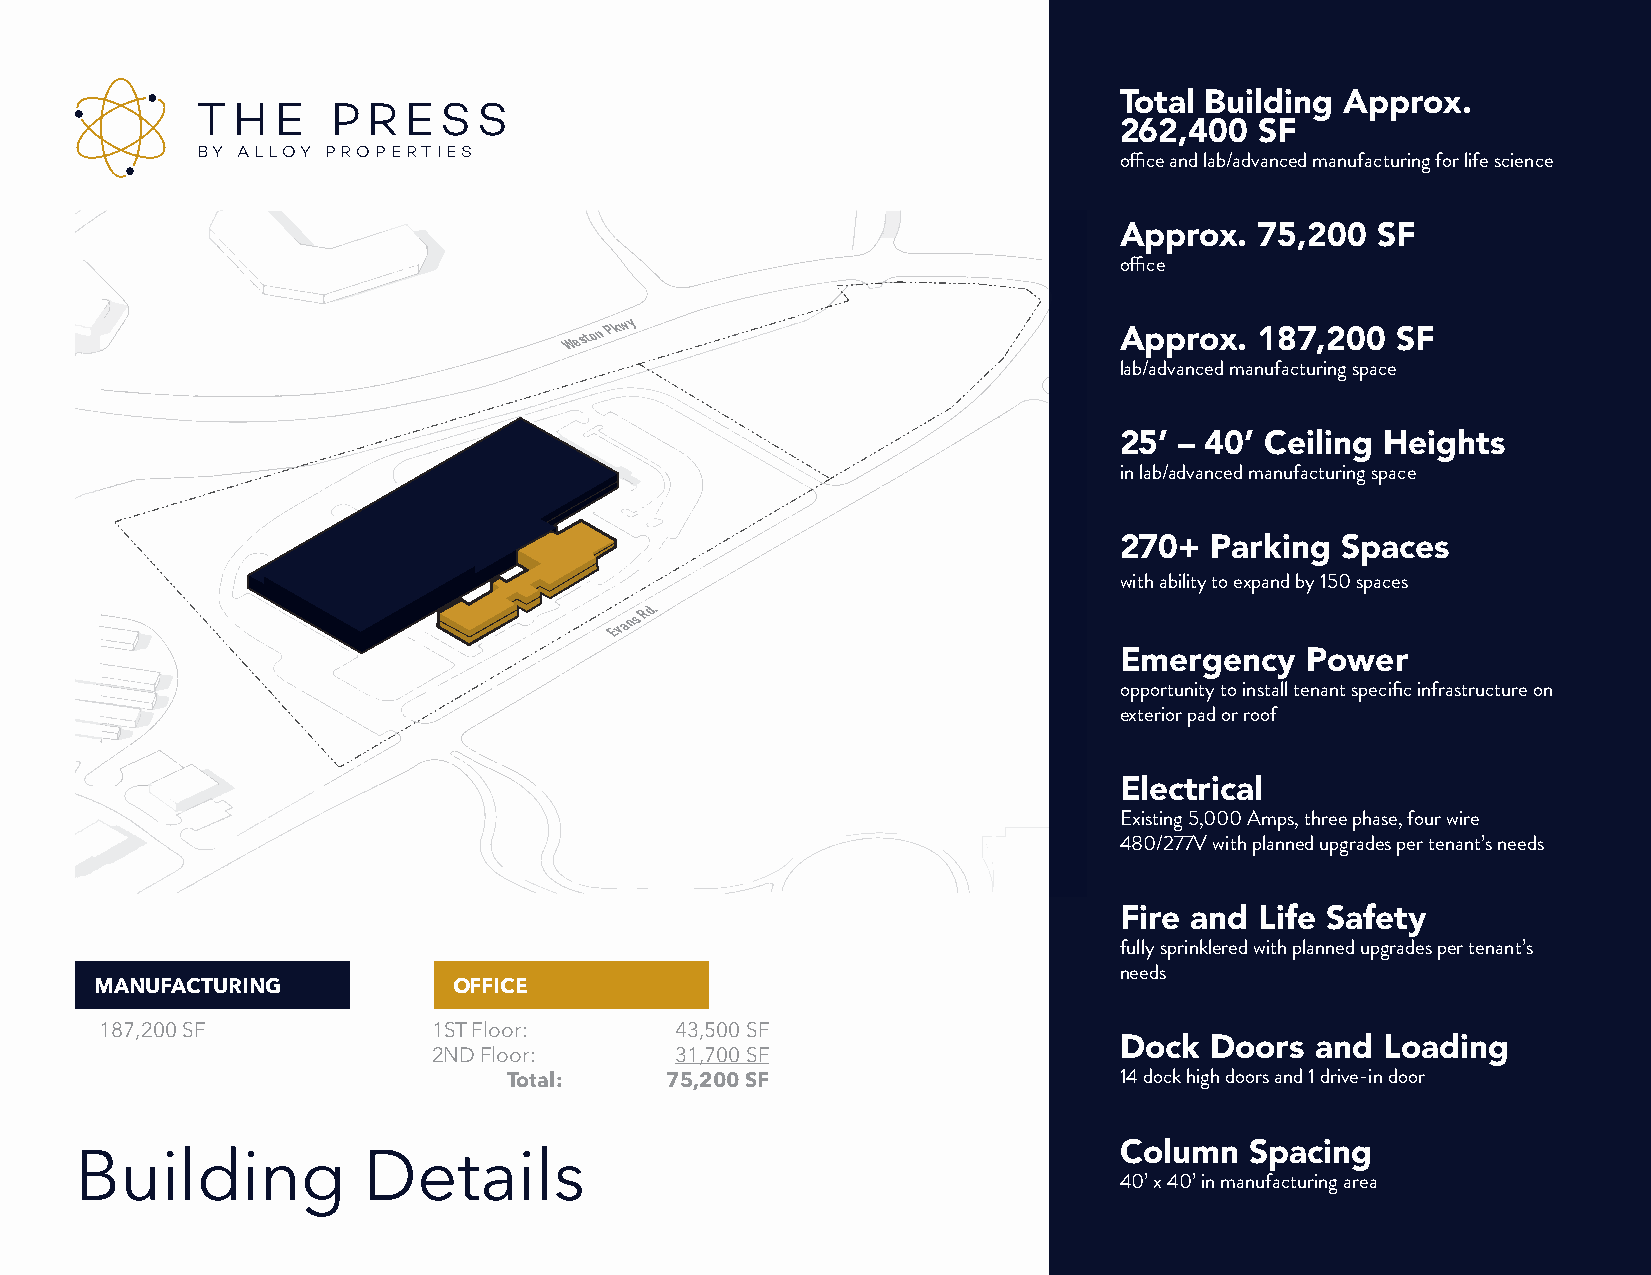
Total Building Approx.
 T H  E   P R  ES   S
 262,400  SF
 BY ALLOY PROPERTIES
 1 TENANT  PROGRAM   LAYOUT                                           office and lab/advanced manufacturing for life science
 AMENITY
 Approx.  75,200  SF
 Conference Rooms
 offiBcreeak Rooms
 Meeting Rooms
 4,900 SF
 Weston
 Pkwy
 ASpTApFrFo OxFF.I C1E 87,200 SF
 lab/Oapednv Oafnficceed manufacturing space
 Closed Office
 Huddle Rooms
 38,500 SF (1st Floor)
 2531,8’0 0 –SF (24nd 0Floo’r )Ceiling Heights
 in lab/advanced manufacturing space
 MANUFACTURING
 Manufacturing Floor
 QA/QC Lab
 270+  Parking  Spaces
 Chemical Storage
 100,400 SF
 with ability to expand by 150 spaces
 LOADING
 Evans
 Rd.
 Staging Areas
 EmShippeingr + gReceeivinngcy Power
 Fork Lift Charging
 oppWorarptpuinngi t+ yP atcoka igninsgtall tenant specific infrastructure on
 Trash + Waste
 exterior pad or roof
 12,000 SF
 WAREHOUSE
 Electrical
 High Bay Ambient Storage
 Existing 5,000 Amps, three phase, four wire
 Cold Storage
 48P0al/l2et7 W7aVsh with planned upgrades per tenant’s needs
 Quarentine
 75,000 SF N
 Fire and Life Safety
 fully sprinklered with planned upgrades per tenant’s
 needs
 MANUFACTURING           OFFICE
 187,200 SF            1ST Floor:      43,500 SF
 Dock  Doors  and Loading
 2ND Floor:      31,700 SF
 Total:    75,200 SF                     14 dock high doors and 1 drive-in door
 Column   Spacing
 Building           Details
 40’ x 40’ in manufacturing area